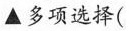
▲多项选择(